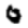
Digit: 0